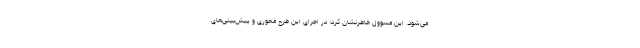
می‌شود. این مسوول خاطرنشان کرد: در اجرای این طرح محوری و پیش‌بینی‌های